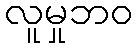
လူမှုဘဝ